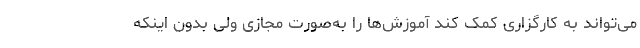
می‌تواند به کارگزاری کمک کند آموزش‌ها را به‌صورت مجازی ولی بدون اینکه